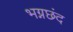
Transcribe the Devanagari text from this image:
भग्नछंद